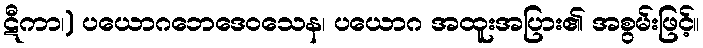
ဋီကာ၊) ပယောဂဘေဒေဝသေန၊ ပယောဂ အထူးအပြား၏ အစွမ်းဖြင့်။